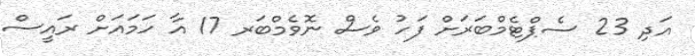
އަދި 23 ސެޕްޓެމްބަރަށް ފަހު ވެސް ނޮވެމްބަރ 17 އާ ހަމައަށް ރައީސް